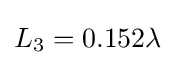
L_{3}=0.152\lambda